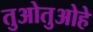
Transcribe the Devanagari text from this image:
तुओतुओहे